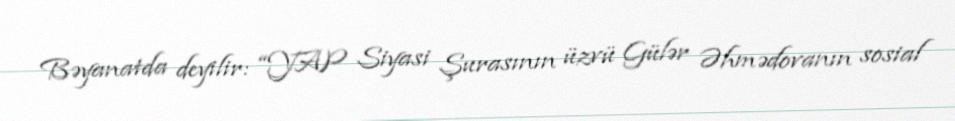
Bəyanatda deyilir: “YAP Siyasi Şurasının üzvü Gülər Əhmədovanın sosial